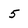
Character: 5